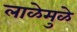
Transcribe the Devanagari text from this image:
लाळेमुळे